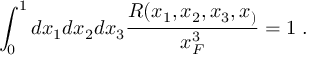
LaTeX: \int _ { 0 } ^ { 1 } { d x _ { 1 } d x _ { 2 } d x _ { 3 } \frac { R ( x _ { 1 } , x _ { 2 } , x _ { 3 } , x _ { ) } } { x _ { F } ^ { 3 } } } = 1 \; .